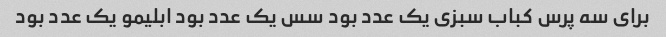
برای سه پرس کباب سبزی یک عدد بود سس یک عدد بود ابلیمو یک عدد بود